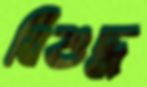
বিশুদ্ধ